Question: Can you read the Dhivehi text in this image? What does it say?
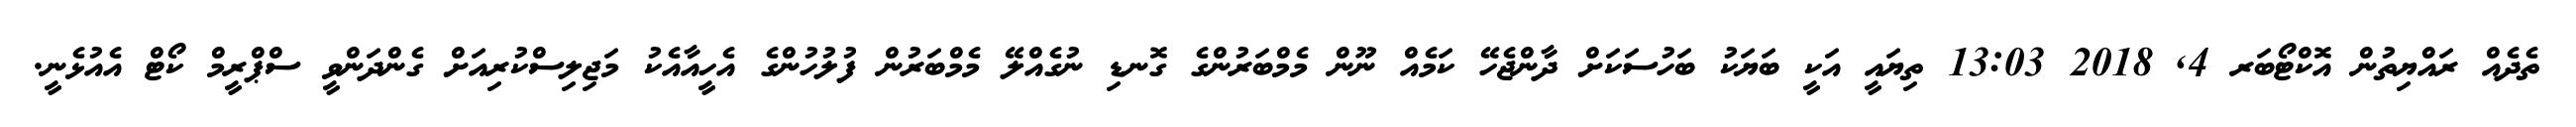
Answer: ތެދެއް ރައްޔިތުން އޮކްޓޯބަރ 4, 2018 13:03 ތިޔައީ އަކީ ބަޔަކު ބަހުސަކަށް ދާންޖެހޭ ކަމެއް ނޫން މެމްބަރުންގެ ގޮނޑި ނުގެއްލޭ މެމްބަރުން ފުލުހުންގެ އެހީއާއެކު މަޖިލިސްކުރިއަށް ގެންދަންވީ ސްޕްރީމް ކޯޓް އެއުޅެނީ.